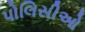
પોલિસીઓ